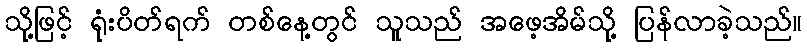
သို့ဖြင့် ရုံးပိတ်ရက် တစ်နေ့တွင် သူသည် အဖေ့အိမ်သို့ ပြန်လာခဲ့သည်။